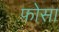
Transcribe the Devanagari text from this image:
फ़ोसा